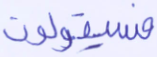
فسيقولون